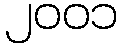
၂၀၀၁